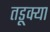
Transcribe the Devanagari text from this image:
तडूक्या